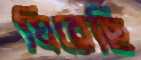
ঘিরেছি